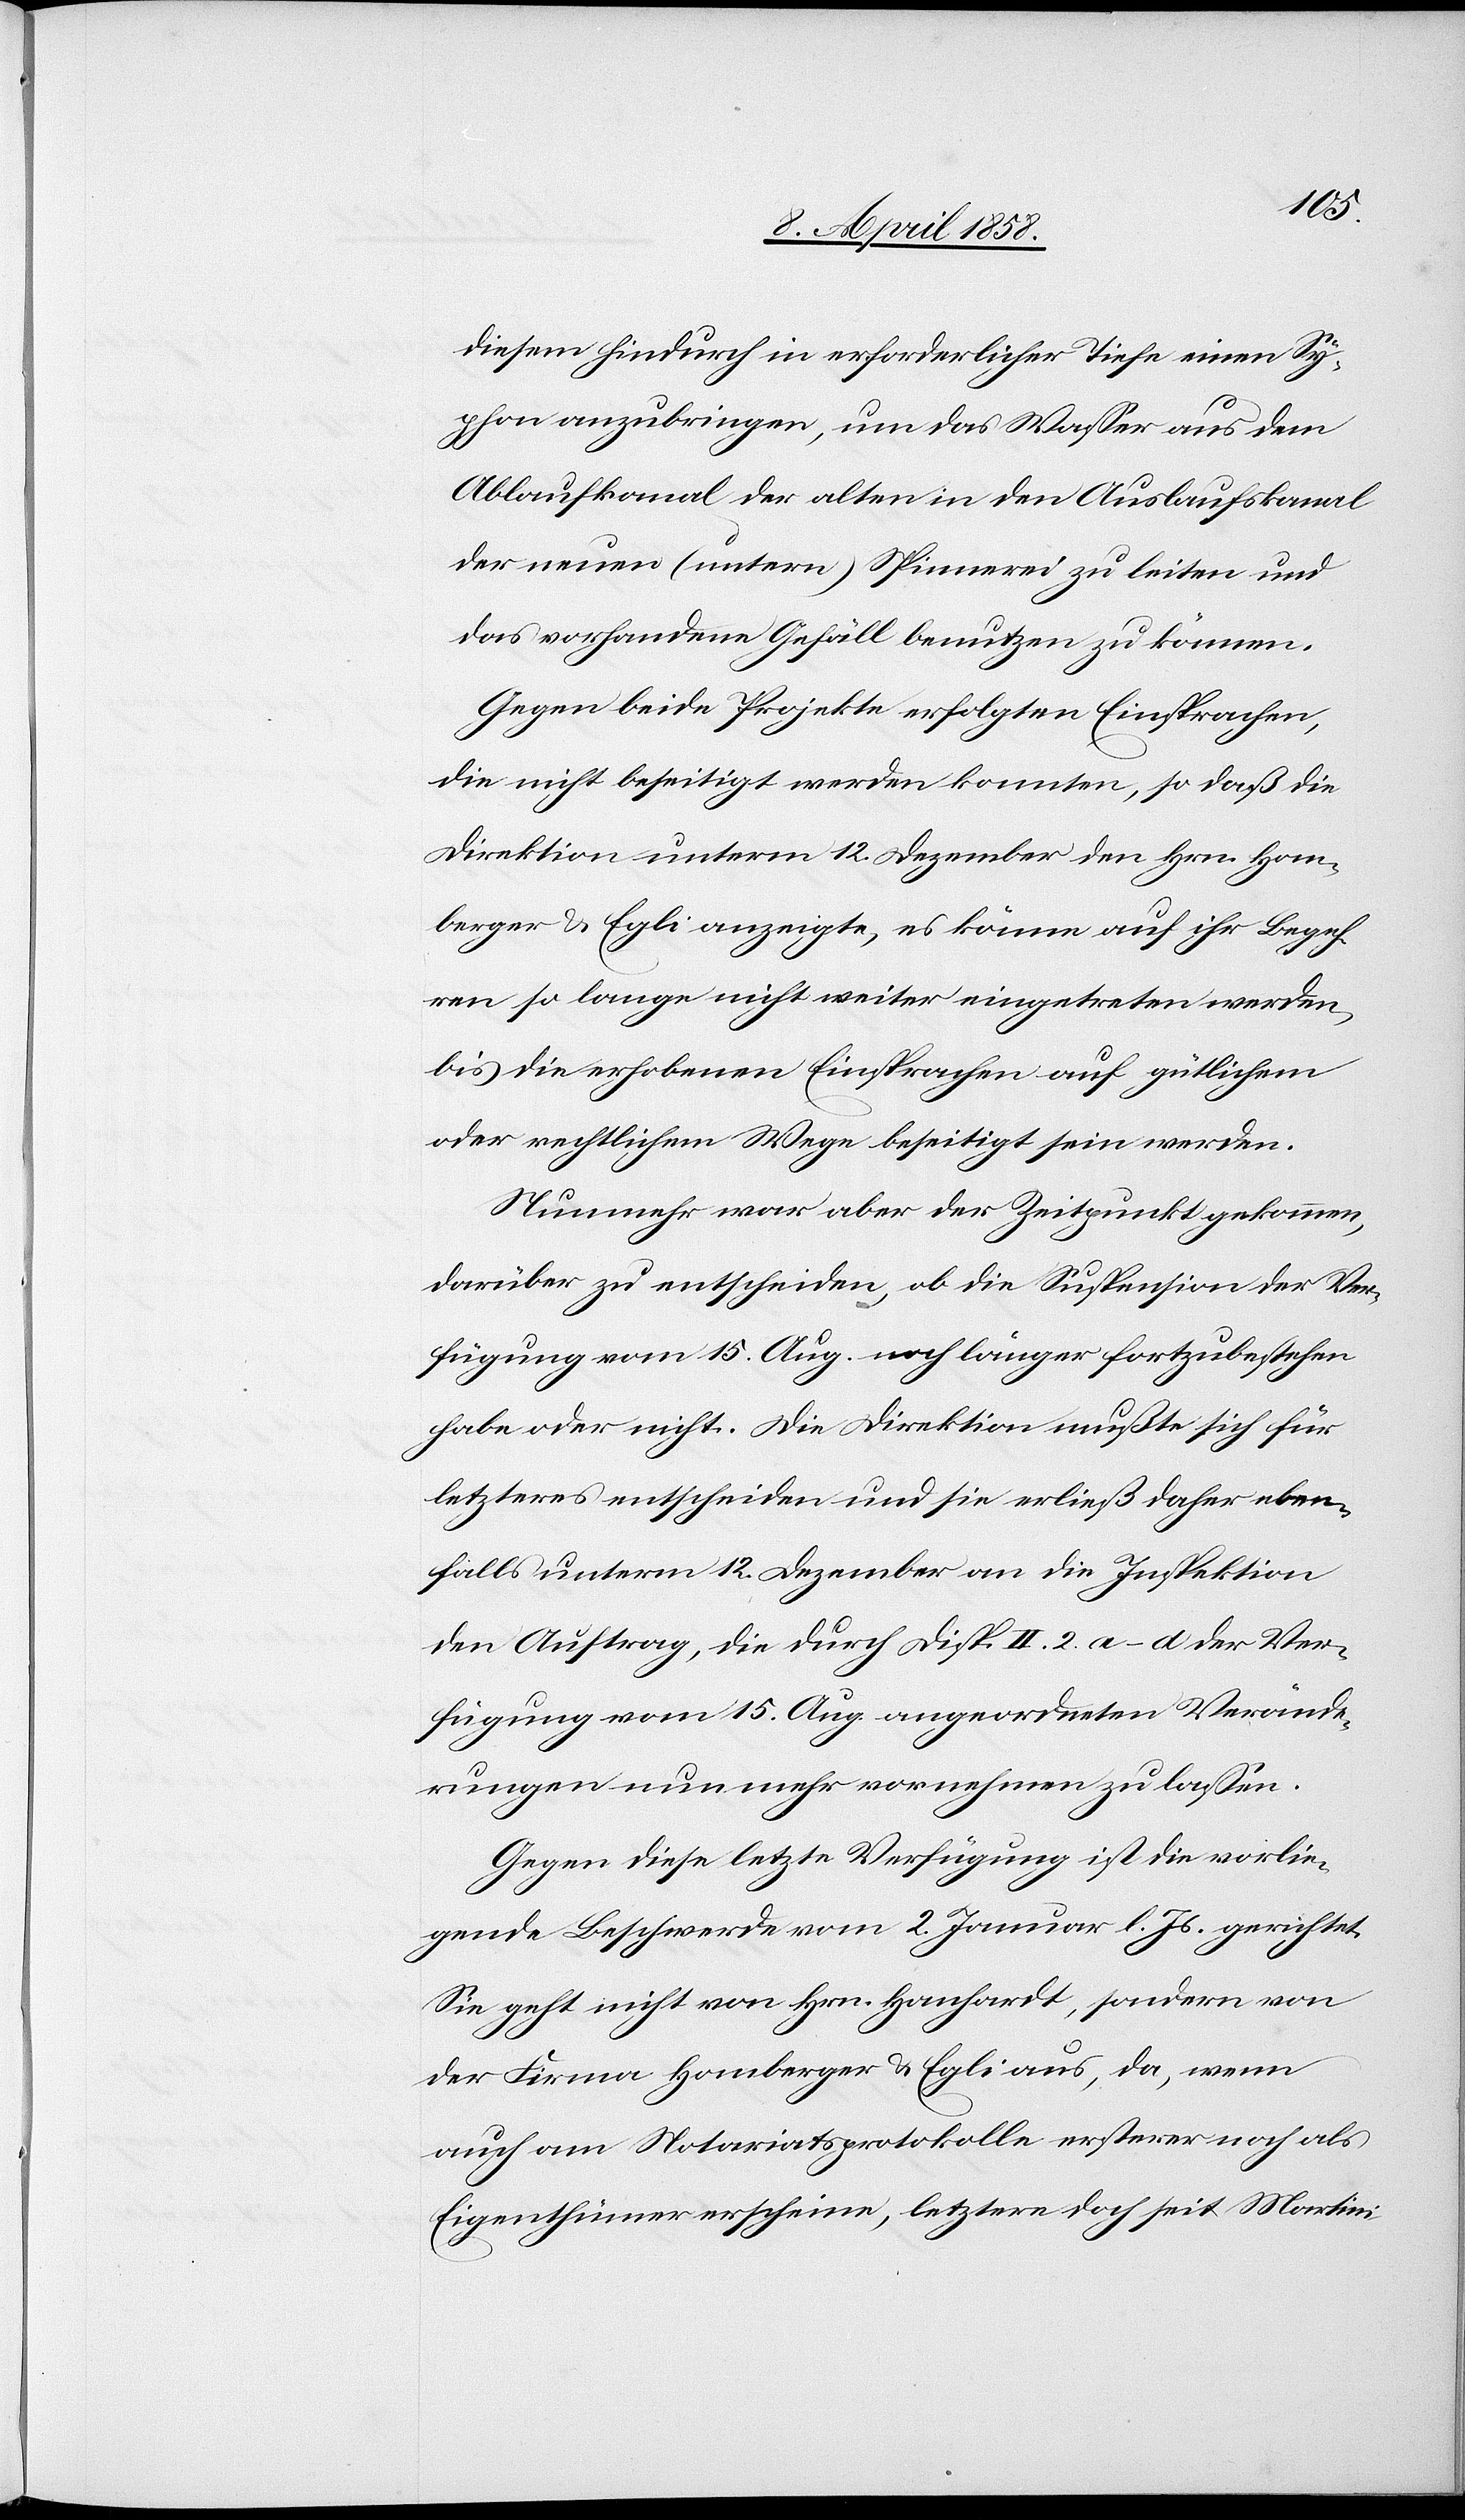
diesem hindurch in erforderlicher Tiefe einen Sy¬
phon anzubringen, um das Wasser aus dem
Ablaufkanal der alten in den Auslaufskanal
der neuen (untern) Spinnerei zu leiten und
das vorhandene Gefäll benutzen zu können.
Gegen beide Projekte erfolgten Einsprachen,
die nicht beseitigt werden konnten, so daß die
Direktion unterm 12. Dezember den Hrn. Hom¬
berger & Egli anzeigte, es könne auf ihr Begeh¬
ren so lange nicht weiter eingetreten werden,
bis die erhobenen Einsprachen auf gütlichem
oder rechtlichem Wege beseitigt sein werden.
Nunmehr war aber der Zeitpunkt gekommen,
darüber zu entscheiden, ob die Suspension der Ver¬
fügung vom 15. Aug. noch länger fortzubestehen
habe oder nicht. Die Direktion mußte sich für
letzteres entscheiden und sie erließ daher eben¬
falls unterm 12. Dezember an die Inspektion
den Auftrag, die durch Disp. II. 2. a–d der Ver¬
fügung vom 15. Aug. angeordneten Verände¬
rungen nunmehr vornehmen zu lassen.
Gegen diese letzte Verfügung ist die vorlie¬
gende Beschwerde vom 2. Januar l. Js. gerichtet.
Sie geht nicht von Hrn. Hanhardt, sondern von
der Firma Homberger & Egli aus, da, wenn
auch am Notariatsprotokolle ersterer noch als
Eigenthümer erscheine, letztere doch seit Martini